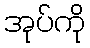
အုပ်ကို